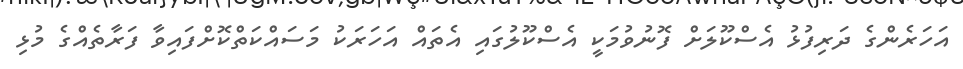
އަހަރެންގެ ދަރިފުޅު އެސްކޫލަށް ފޮނުވުމަކީ އެސްކޫލުގައި އެތައް އަހަރަކު މަސައްކަތްކޮށްފައިވާ ފަރާތެއްގެ މުޅި